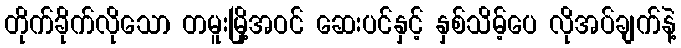
တိုက်ခိုက်လိုသော တမူးမြို့အဝင် ဆေးပင်နှင့် နှစ်သိမ့်ပေ လိုအပ်ချက်နဲ့